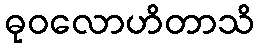
ဓုဝလောဟိတာသိ